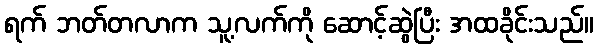
ရက် ဘတ်တလာက သူ့လက်ကို ဆောင့်ဆွဲပြီး အထခိုင်းသည်။